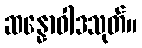
ဆန္နောဝါဒသုတ်။